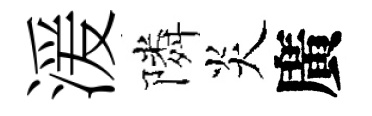
湲隣炎廣